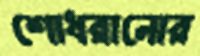
শোধরানোর